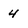
Character: 4